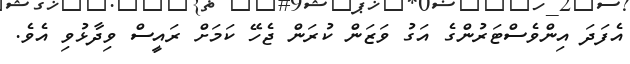
އެފަދަ އިންވެސްޓަރުންގެ އަގު ވަޒަން ކުރަން ޖެހޭ ކަމަށް ރައީސް ވިދާޅުވި އެވެ.